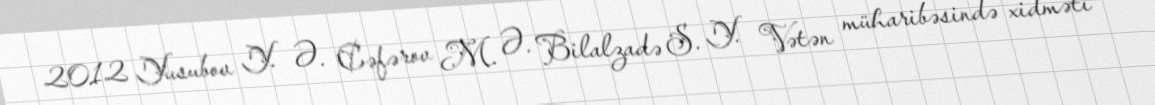
2012 Yusubov Y. Ə. Cəfərov M. Ə. Bilalzadə S. Y. Vətən müharibəsində xidməti